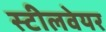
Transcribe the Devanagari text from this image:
स्टीलवेयर